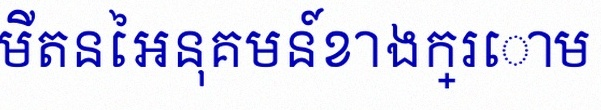
គណនាលីមីតនៃអនុគមន៍ខាងក្រោម